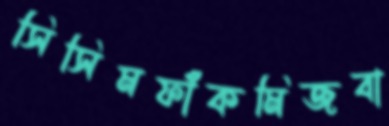
সিসিমফাঁকমিজবা